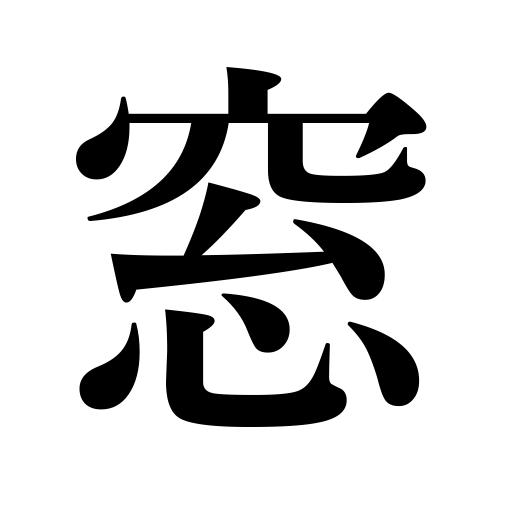
Meanings: window